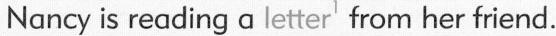
Nancy is reading a letter' from her friend.